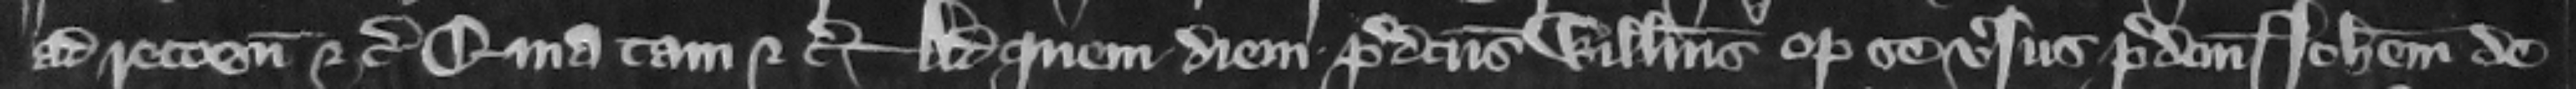
ad recognoscendum etc. quia tam etc. Ad quem diem predictus Willelmus optulit se versus predictum Iohannem de